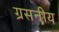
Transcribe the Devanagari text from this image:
ग्रसनीय